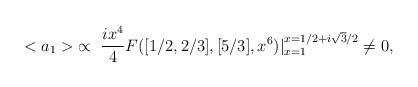
LaTeX: \begin{align*}<a_1> \; \propto \; \frac{i x^4}{4} F([1/2, 2/3],[5/3],x^6) |^{x=1/2+i \sqrt{3}/2}_{x=1} \neq 0,\end{align*}